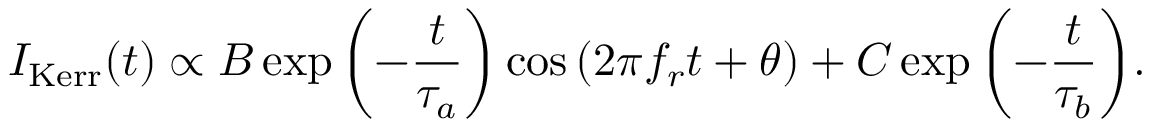
I _ { \mathrm { K e r r } } ( t ) \propto B \exp { \left( - \frac { t } { \tau _ { a } } \right) } \cos { ( 2 \pi f _ { r } t + \theta ) } + C \exp { \left( - \frac { t } { \tau _ { b } } \right) } .